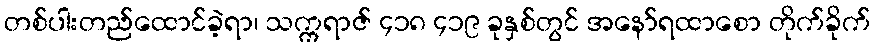
တစ်ပါးတည်ထောင်ခဲ့ရာ၊ သက္ကရာဇ် ၄၁၈ ၄၁၉ ခုနှစ်တွင် အနော်ရထာစော တိုက်ခိုက်